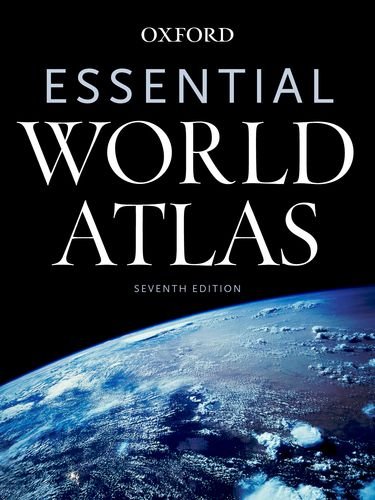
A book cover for Essential World Atlas; Reference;